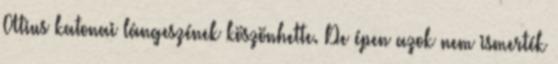
Atius katonai lángeszének köszönhette. De épen azok nem ismerték